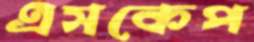
এসকেপ